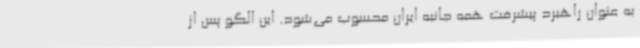
به عنوان راهبرد پیشرفت همه جانبه ایران محسوب می‌شود. این الگو پس از